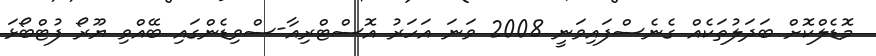
މޮޑެލްކޮށް ބަދަލުތަކެއް ގެނެސްފައިވަނީ 2008 ވަނަ އަހަރު އޮސްޓްރިއާ-ސްވިޑެންގައި ބޭއްވި ޔޫރޯ ފުޓްބޯޅަ